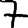
Digit: 7